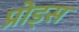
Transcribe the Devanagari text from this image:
प्रोड्स